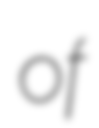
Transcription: of